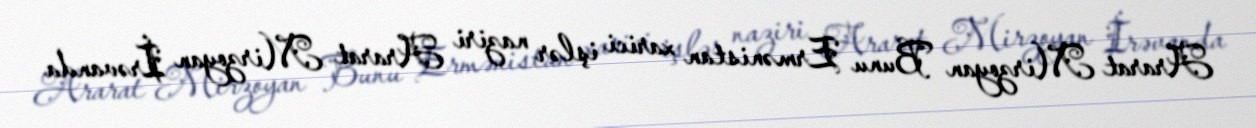
Ararat Mirzoyan Bunu Ermənistan xarici işlər naziri Ararat Mirzoyan İrəvanda